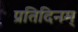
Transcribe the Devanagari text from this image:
प्रतिदिनम्‌